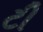
ટી